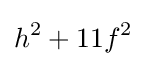
h^{2}+11f^{2}